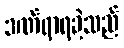
ဒဏ်ရာရခဲ့သည်